Indian journal of veterinary science and animal husbandry - Volume 7,
Year: 1937
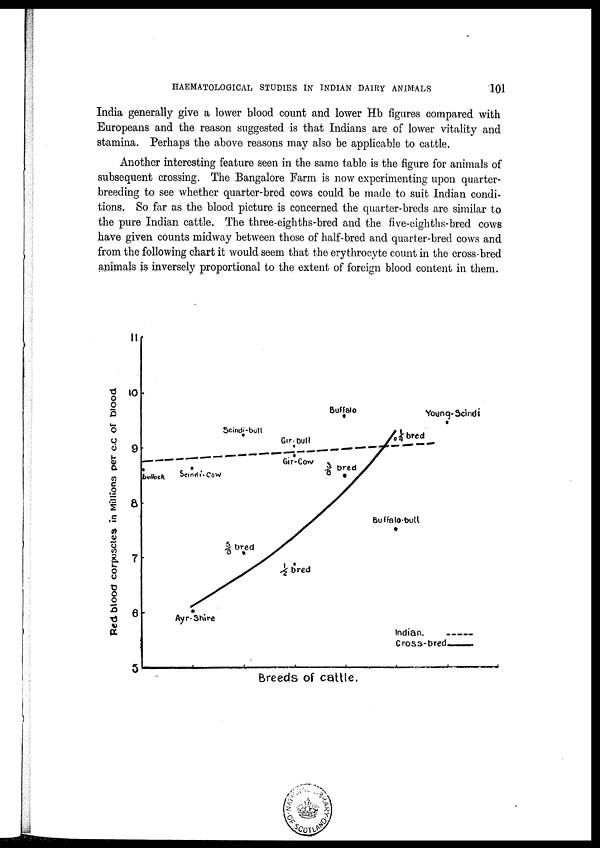
HAEMATOLOGICAL STUDIES IN INDIAN DAIRY ANIMALS
101
India generally give a lower blood count and lower Hb figures compared with
Europeans and the reason suggested is that Indians are of lower vitality and
stamina. Perhaps the above reasons may also be applicable to cattle.
Another interesting feature seen in the same table is the figure for animals of
subsequent crossing. The Bangalore Farm is now experimenting upon quarter-
breeding to see whether quarter-bred cows could be made to suit Indian condi-
tions. So far as the blood picture is concerned the quarter-breds are similar to
the pure Indian cattle. The three-eighths-bred and the five-eighths-bred cows
have given counts midway between those of half-bred and quarter-bred cows and
from the following chart it would seem that the erythrocyte count in the cross-bred
animals is inversely proportional to the extent of foreign blood content in them.